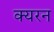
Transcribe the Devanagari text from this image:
क्यरन